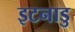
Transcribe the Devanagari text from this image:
इटनाडु